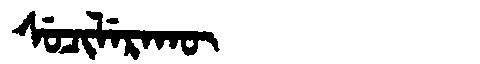
Manchu: ᠰᡠᠴᡳᠯᡝᡵᠠᡴᡡ
Romanization: SUCILERAKŪ